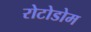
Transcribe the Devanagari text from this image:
रोटोडोम